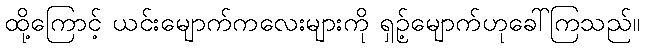
ထို့ကြောင့် ယင်းမျောက်ကလေးများကို ရှဉ့်မျောက်ဟုခေါ်ကြသည်။